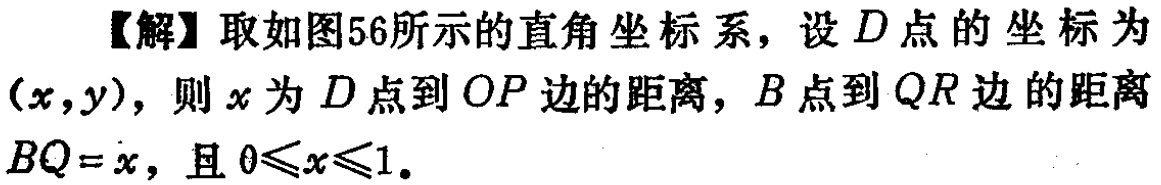
【解】取如图56所示的直角坐标系，设\(D\)点的坐标为\((x,y)\)，则\(x\)为\(D\)点到\(OP\)边的距离，\(B\)点到\(QR\)边的距离\(BQ = x\)，且\(0\leqslant x\leqslant1\)。